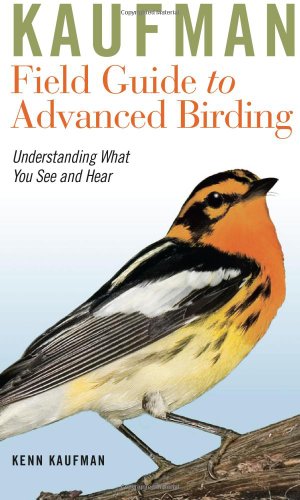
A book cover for Kaufman Field Guide to Advanced Birding (Kaufman Field Guides); Kenn Kaufman; Science & Math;